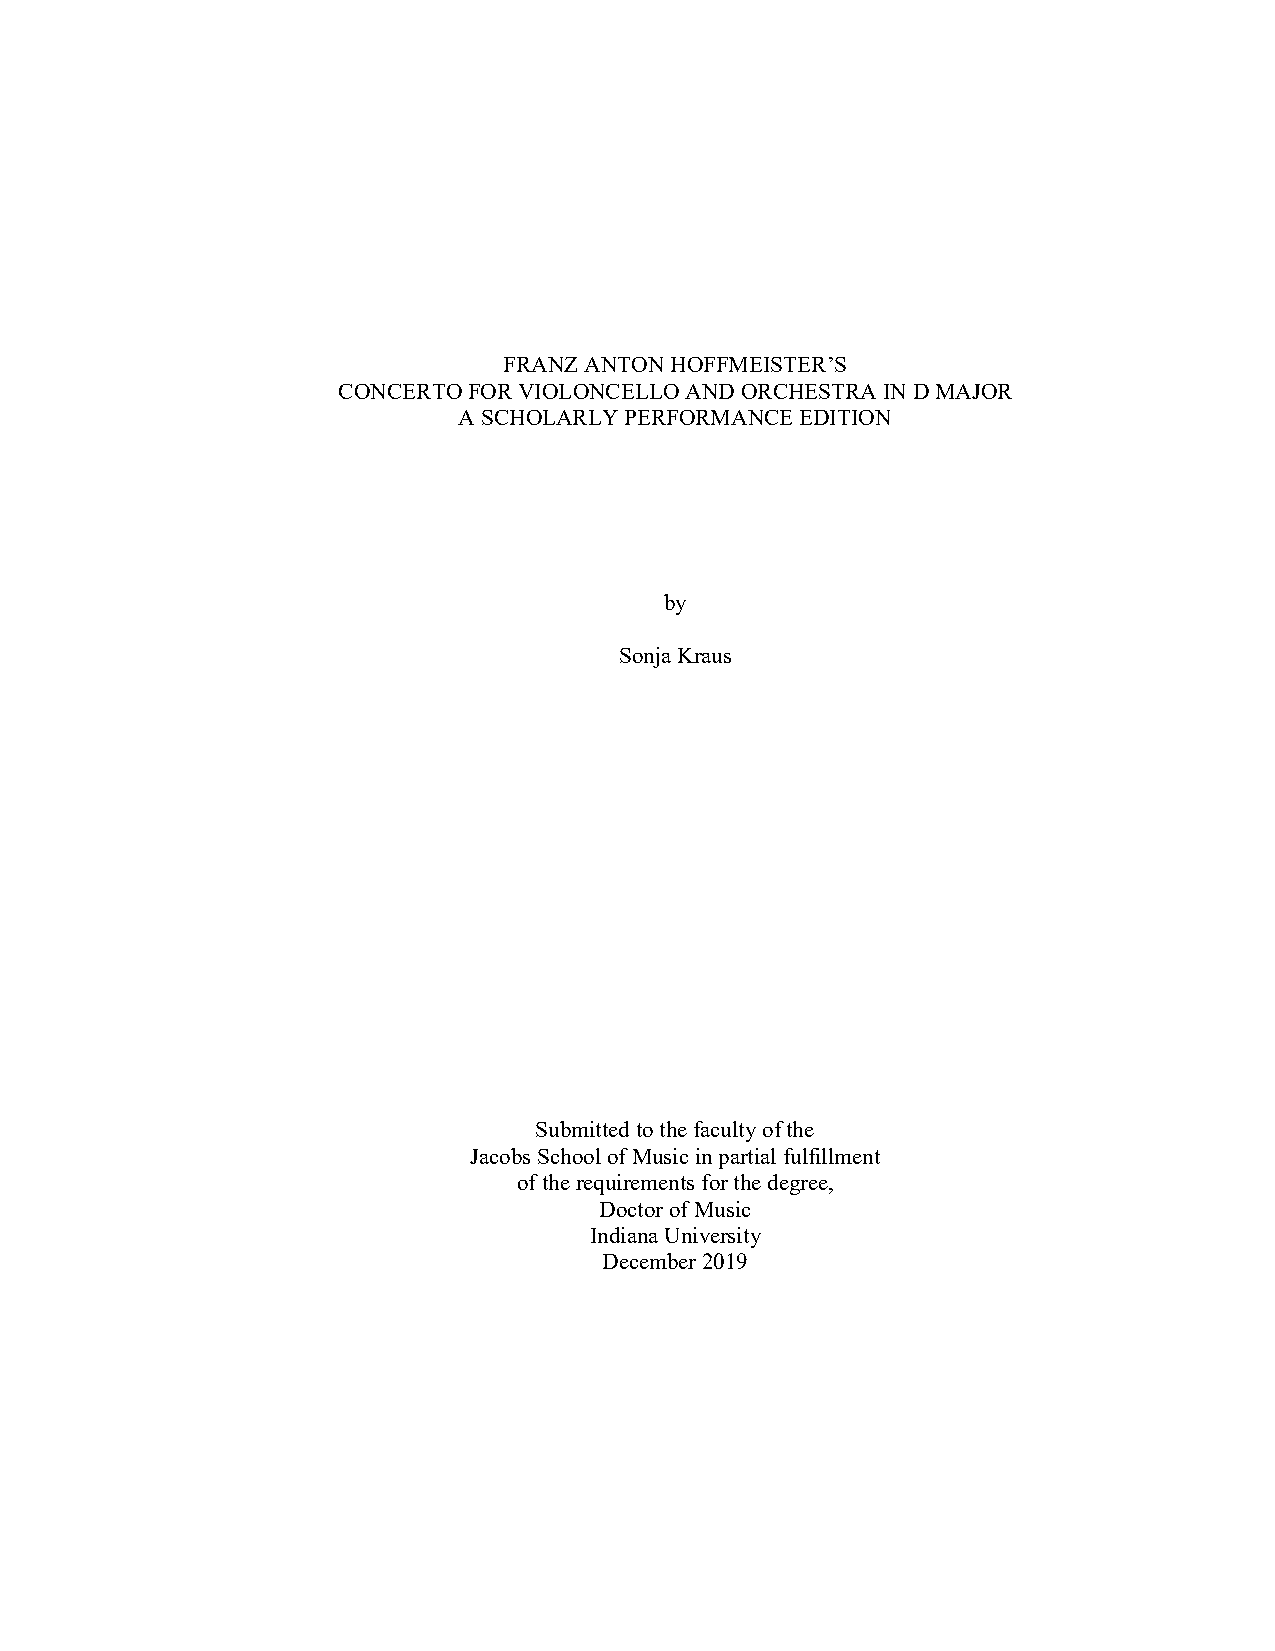
FRANZ ANTON HOFFMEISTER’S
 CONCERTO FOR VIOLONCELLO AND ORCHESTRA IN D MAJOR
 A SCHOLARLY PERFORMANCE EDITION
 by
 Sonja Kraus
 Submitted to the faculty of the
 Jacobs School of Music in partial fulfillment
 of the requirements for the degree,
 Doctor of Music
 Indiana University
 December 2019